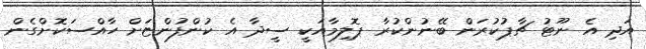
އަދި އެ ނޫޓު ޗާޕުކުރަން ބޭނުންކުރާ ޕޮލިމާއަކީ ސީދާ އެ ކުންފުންޏަށް ހާއްސަކޮށްގެން